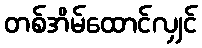
တစ်အိမ်ထောင်လျှင်